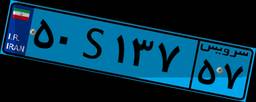
۵۰S۱۳۷۵۷